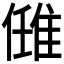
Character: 𨿂